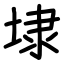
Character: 埭